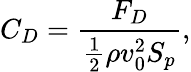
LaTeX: C_{D}=\frac{F_{D}}{\frac 12\rho v_{0}^{2}S_{p}},